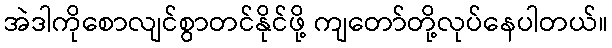
အဲဒါကိုစောလျင်စွာတင်နိုင်ဖို့ ကျတော်တို့လုပ်နေပါတယ်။